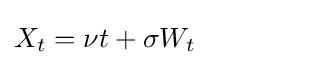
X_{t}=\nu t+\sigma W_{t}\quad \quad \quad \quad